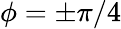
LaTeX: \phi=\pm\pi/4